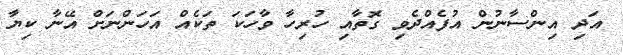
އަދި އިންސާނުން އުފެއްދެވި ގޮތާއި ހުރިހާ ވާހަކަ ތަކެއް އަހަންނަށް އޭނާ ކިޔާ